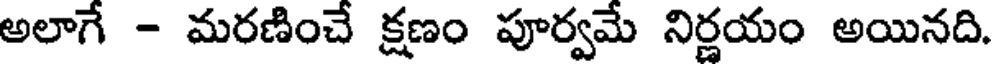
అలాగే - మరణించే క్షణం పూర్వమే నిర్ణయం అయినది.